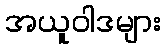
အယူဝါဒများ